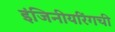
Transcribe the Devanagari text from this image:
इंजिनीयरिंगची